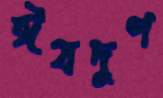
ঈষদূণ